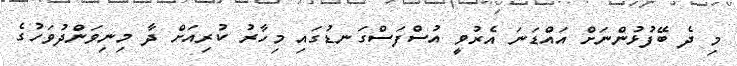
މި ދެ ބޭފުޅުންނަށް އައްޑަނަ އެރުވީ އުސްފަސްގަނޑުގައި މިހާރު ކުރިއަށް ދާ މިނިވަންދުވަހުގެ